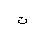
Letter: _ta